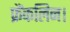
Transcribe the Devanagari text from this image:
फ्रैंकलिन।